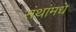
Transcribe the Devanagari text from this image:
संथांमधे